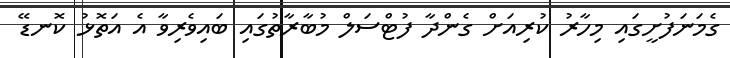
ގެމަނަފުށީގައި މިހާރު ކުރިއަށް ގެންދާ ފުޓްސަލް މުބާރާތުގައި ބައިވެރިވާ އެ އަތޮޅު ކޮނޑޭ